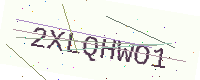
Text: 2XLQHWO1